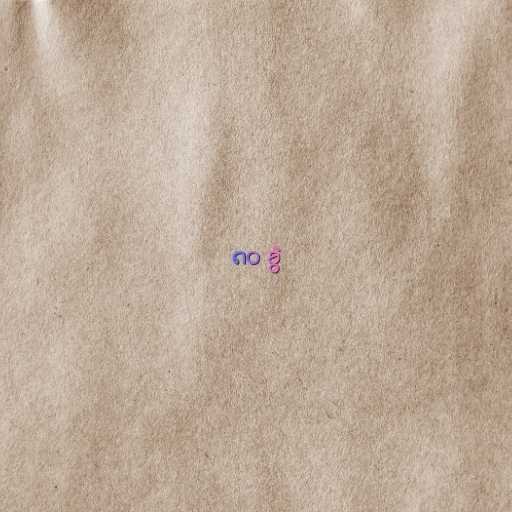
၈၀ ခွဲ